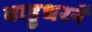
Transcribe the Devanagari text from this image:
बाहुधरनें